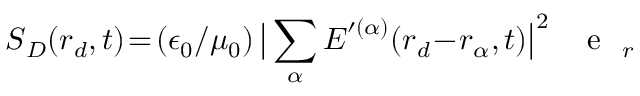
\boldsymbol { S } _ { D } ( \boldsymbol { r } _ { d } , t ) \! = \! ( \epsilon _ { 0 } / \mu _ { 0 } ) \, \big | \sum _ { \alpha } \boldsymbol { E } ^ { \prime ( \alpha ) } ( \boldsymbol { r } _ { d } \! - \! \boldsymbol { r } _ { \alpha } , t ) \big | ^ { 2 } \, \mathrm { ~ \textbf ~ { ~ e ~ } ~ } _ { r }